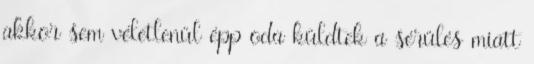
akkor sem véletlenül épp oda küldtek a sérülés miatt